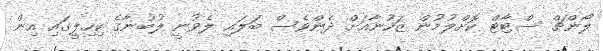
ލޯންޗް ސްޓާޓް ކޮށްލުމުން ޒަހުނާއަށް ދެންވެސް ބަލައި ލެވުނީ ލުބުނާގެ ކިހިލީގައި އިން